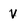
Character: v